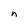
Character: n